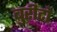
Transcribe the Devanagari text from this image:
बुरीटो